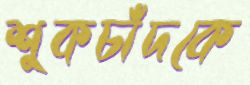
শুকচাঁদকে